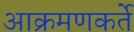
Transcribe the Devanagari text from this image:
आक्रमणकर्ते